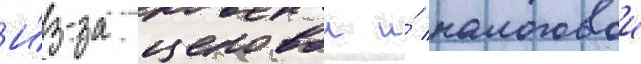
И́з-за ценовои и́ налоговои